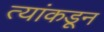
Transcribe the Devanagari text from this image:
त्यांकडून